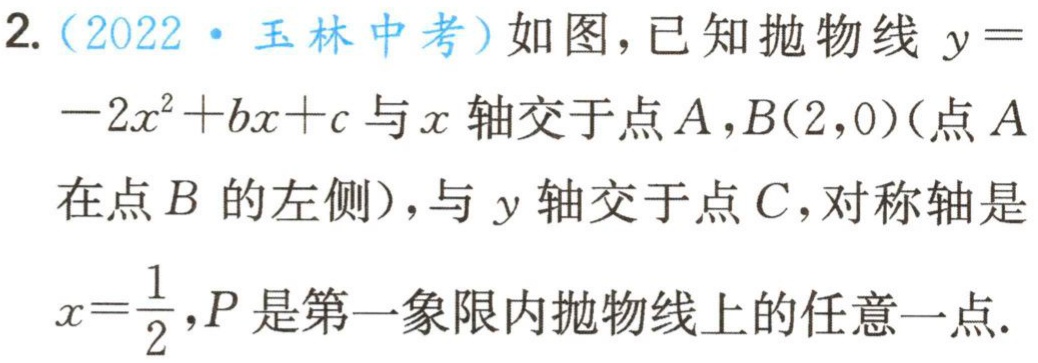
2.（2022·玉林中考）如图，已知抛物线\(y = -2x^{2}+bx + c\)与\(x\)轴交于点\(A\)，\(B(2,0)\)（点\(A\)在点\(B\)的左侧），与\(y\)轴交于点\(C\)，对称轴是\(x = \frac{1}{2}\)，\(P\)是第一象限内抛物线上的任意一点.